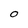
Character: O